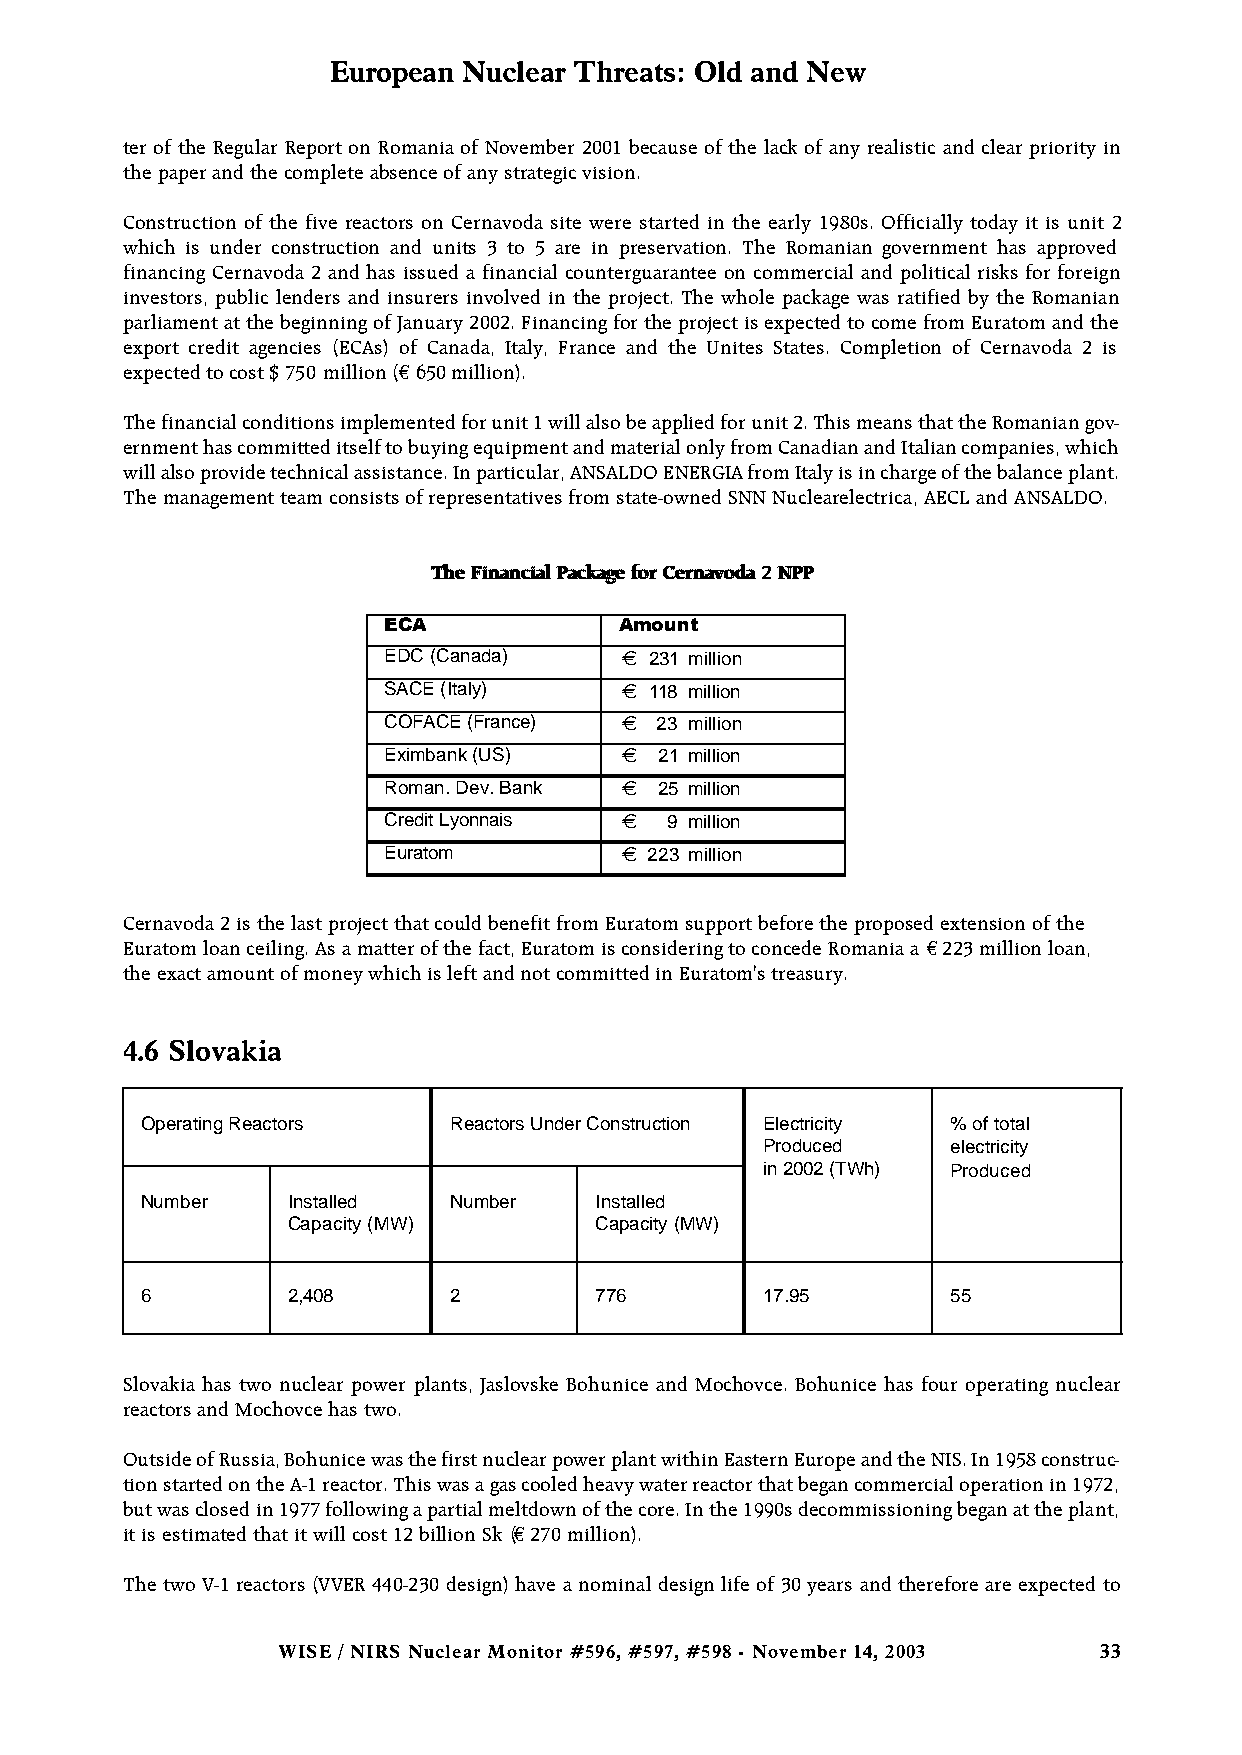
European Nuclear Threats: Old and New
 ter of the Regular Report on Romania of November 2001 because of the lack of any realistic and clear priority in
 the paper and the complete absence of any strategic vision.
 Construction of the five reactors on Cernavoda site were started in the early 1980s. Officially today it is unit 2
 which is under construction and units 3 to 5 are in preservation. The Romanian government has approved
 financing Cernavoda 2 and has issued a financial counterguarantee on commercial and political risks for foreign
 investors, public lenders and insurers involved in the project. The whole package was ratified by the Romanian
 parliament at the beginning of January 2002. Financing for the project is expected to come from Euratom and the
 export credit agencies (ECAs) of Canada, Italy, France and the Unites States. Completion of Cernavoda 2 is
 expected to cost $ 750 million (€ 650 million).
 The financial conditions implemented for unit 1 will also be applied for unit 2. This means that the Romanian gov-
 ernment has committed itself to buying equipment and material only from Canadian and Italian companies, which
 will also provide technical assistance. In particular, ANSALDO ENERGIA from Italy is in charge of the balance plant.
 The management team consists of representatives from state-owned SNN Nuclearelectrica, AECL and ANSALDO.
 TThhee FFiinnaanncciiaall PPaacckkaaggee ffoorr CCeerrnnaavvooddaa 22 NNPPPP
 ECA             Amount
 EDC (Canada)    € 231 million
 SACE (Italy)    € 118 million
 COFACE (France) € 23 million
 Eximbank (US)   €  21 million
 Roman. Dev. Bank € 25 million
 Credit Lyonnais €  9 million
 Euratom         € 223 million
 Cernavoda 2 is the last project that could benefit from Euratom support before the proposed extension of the
 Euratom loan ceiling. As a matter of the fact, Euratom is considering to concede Romania a €223 million loan,
 the exact amount of money which is left and not committed in Euratom's treasury.
 4.6 Slovakia
 Operating Reactors   Reactors Under Construction Electricity % of total
 Produced     electricity
 in 2002 (TWh) Produced
 Number    Installed  Number   Installed
 Capacity (MW)       Capacity (MW)
 6         2,408      2        776        17.95        55
 Slovakia has two nuclear power plants, Jaslovske Bohunice and Mochovce. Bohunice has four operating nuclear
 reactors and Mochovce has two.
 Outside of Russia, Bohunice was the first nuclear power plant within Eastern Europe and the NIS. In 1958 construc-
 tion started on the A-1 reactor. This was a gas cooled heavy water reactor that began commercial operation in 1972,
 but was closed in 1977 following a partial meltdown of the core. In the 1990s decommissioning began at the plant,
 it is estimated that it will cost 12 billion Sk (€270 million).
 The two V-1 reactors (VVER 440-230 design) have a nominal design life of 30 years and therefore are expected to
 WISE / NIRS Nuclear Monitor #596, #597, #598 - November 14, 2003 33